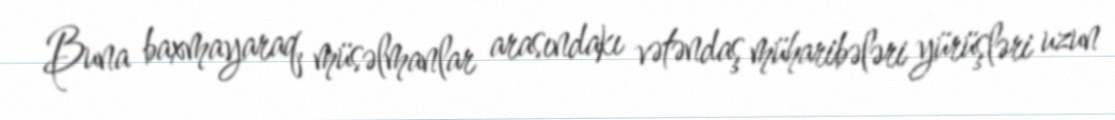
Buna baxmayaraq, müsəlmanlar arasındakı vətəndaş müharibələri yürüşləri uzun